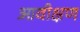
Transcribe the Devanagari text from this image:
आवीक्षण